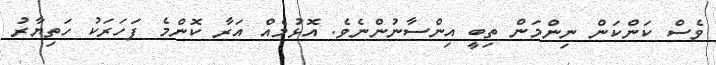
ވެސް ކަންކަން ނިންމަން ތިބީ އިންސާނުންނެވެ. އޮޅުމެއް އަރާ ކޮންމެ ފަހަރަކު ހަތިޔާރު